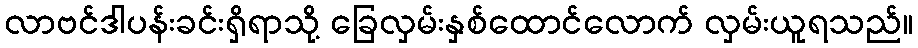
လာဗင်ဒါပန်းခင်းရှိရာသို့ ခြေလှမ်းနှစ်ထောင်လောက် လှမ်းယူရသည်။